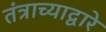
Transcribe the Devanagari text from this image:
तंत्राच्याद्वारे